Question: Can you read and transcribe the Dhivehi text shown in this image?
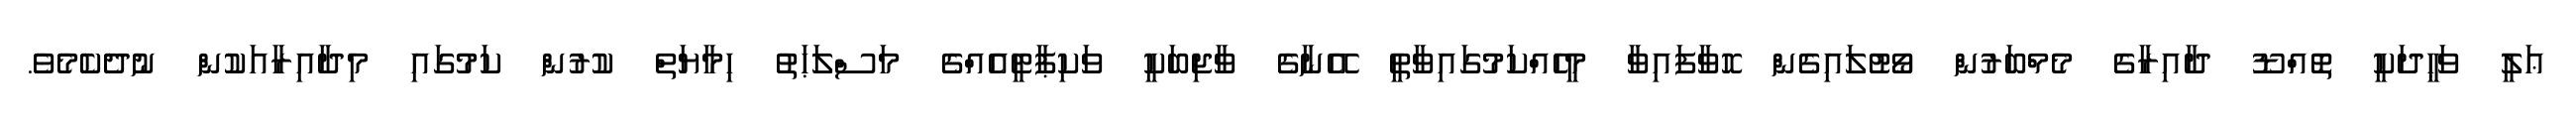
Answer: ޢަލީ ވަޙީދަކީ ތޮއްޑޫ ދާއިރާގެ މެމްބަރުން ވޯޓުލައިގެން ހޮވާފައިވާ މީހެއްކަމުގައިވާތީ އޭނާގެ ވާޖިބަކީ ވަކިޕާޓީއެއްގެ މަސްލަޙަތު ހިމާޔަތް ކުރުން ކަމުގައި މިދާއިރާއަކުން ނުދެކެމެވެ.